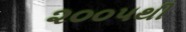
૨૦૦૫થી